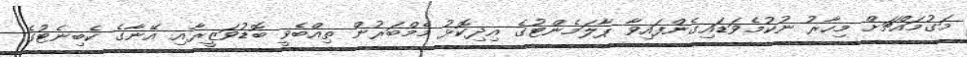
މަގުމައްޗަށް މިހާރު ނުކުމެވަޑައިގެންފައިވާ ޕާލަމެންޓުގެ އިދިކޮޅު މެމްބަރުން ތިއްބެވީ ބޮޑުވަޒީރާއި އޭނާގެ ކެބިނެޓުގެ